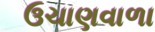
ઉચાણવાળા